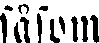
såsom